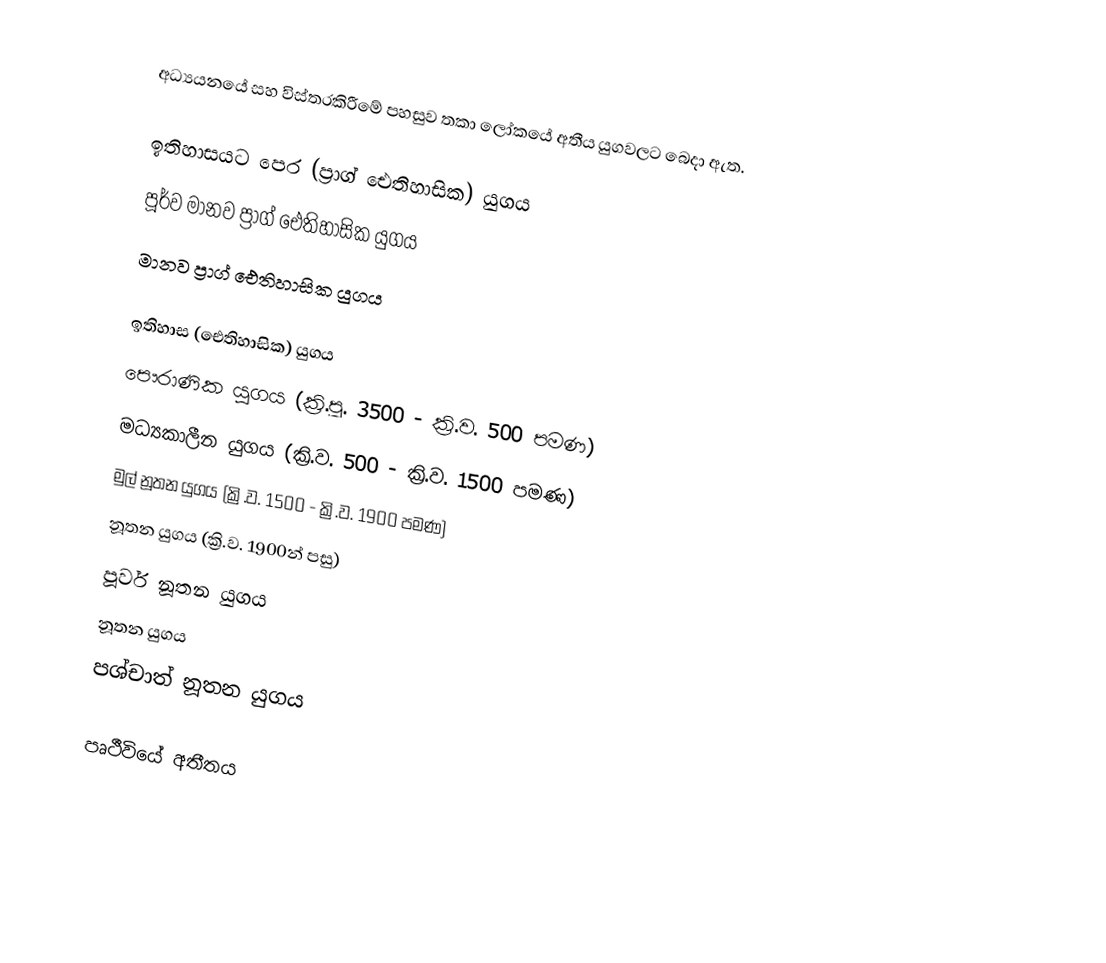
අධ්‍යයනයේ සහ විස්තරකිරීමේ පහසුව තකා ලෝකයේ අතීය යුගවලට බෙදා ඇත.

ඉතිහාසයට පෙර (ප්‍රාග් ඓතිහාසික) යුගය
 පූර්ව මානව ප්‍රාග් ඓතිහාසික යුගය
 මානව ප්‍රාග් ඓතිහාසික යුගය

ඉතිහාස (ඓතිහාසික) යුගය
 පෞරාණික යුගය (ක්‍රි.පූ. 3500 - ක්‍රි.ව. 500 පමණ)
 මධ්‍යකාලීන යුගය (ක්‍රි.ව. 500 - ක්‍රි.ව. 1500 පමණ)
 මුල් නූතන යුගය (ක්‍රි.ව. 1500 - ක්‍රි.ව. 1900 පමණ)
 නූතන යුගය (ක්‍රි.ව. 1900න් පසු)
පූර්ව නූතන යුගය
නූතන යුගය
පශ්චාත් නූතන යුගය

පෘථීවියේ අතීතය